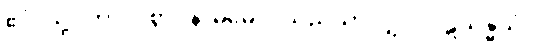
ဧဝံ၊ သို့။ တာဝ၊ စွာ။ နာမမေဝ၊ သည်သာလျှင်။ ပဋိသန္ဓိယံ၊